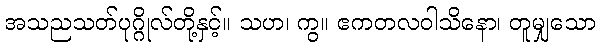
အသညသတ်ပုဂ္ဂိုလ်တို့နှင့်။ သဟ၊ ကွ။ ဧကတလဝါသိနော၊ တူမျှသော